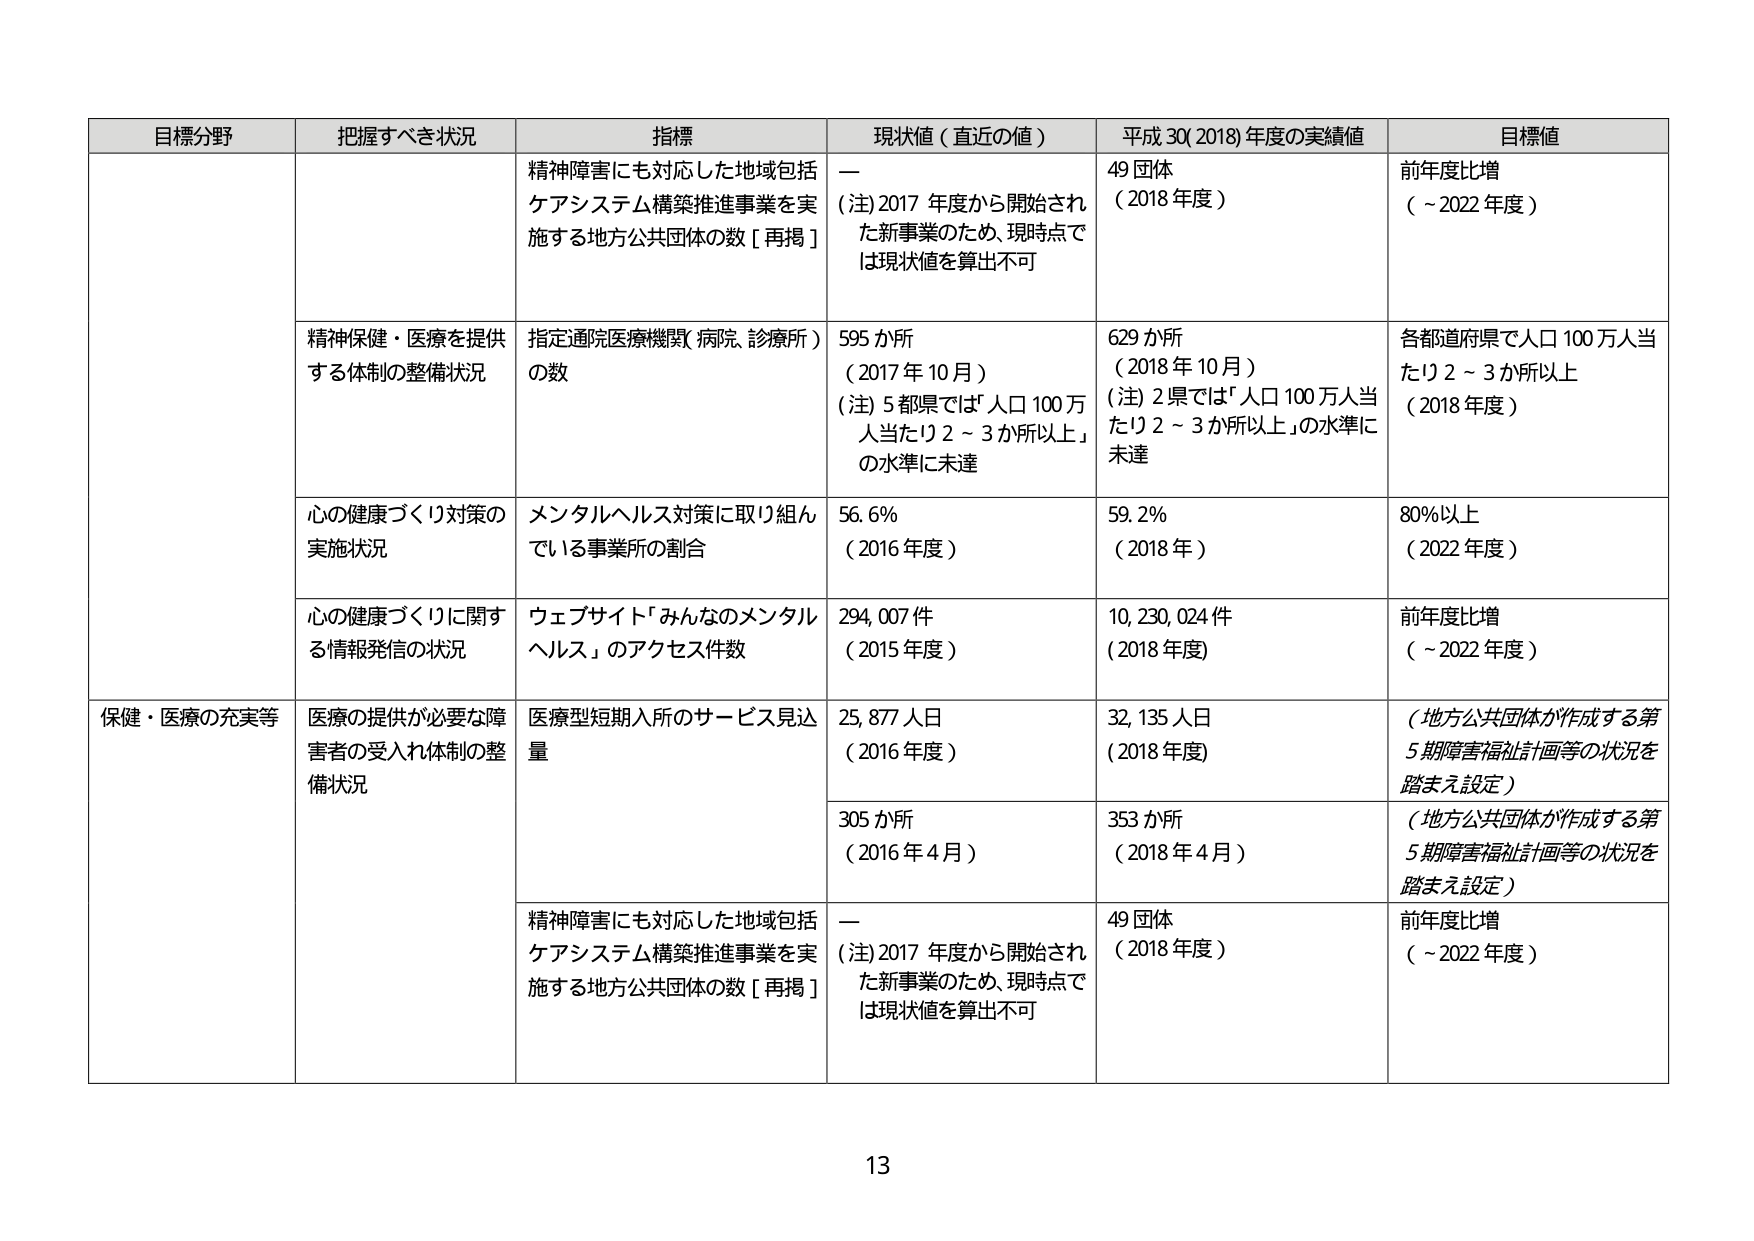
目標分野 把握すべき状況 指標 現状値（直近の値） 平成30(2018)年度の実績値 目標値
精神障害にも対応した地域包括ケアシステム構築推進事業を実施する地方公共団体の数［再掲］ — （注）2017年度から開始された新事業のため、現時点では現状値を算出不可 49団体 （2018年度） 前年度比増 （～2022年度）
精神保健・医療を提供する体制の整備状況 指定通院医療機関（病院、診療所）の数 595か所 （2017年10月） （注）5都県では「人口100万人当たり2～3か所以上」の水準に未達 629か所 （2018年10月） （注）2県では「人口100万人当たり2～3か所以上」の水準に未達 各都道府県で人口100万人当たり2～3か所以上 （2018年度）
心の健康づくり対策の実施状況 メンタルヘルス対策に取り組んでいる事業所の割合 56.6% （2016年度） 59.2% （2018年） 80%以上 （2022年度）
心の健康づくりに関する情報発信の状況 ウェブサイト「みんなのメンタルヘルス」のアクセス件数 294,007件 （2015年度） 10,230,024件 （2018年度） 前年度比増 （～2022年度）
保健・医療の充実等 医療の提供が必要な障害者の受入れ体制の整備状況 医療型短期入所のサービス見込量 25,877人日 （2016年度） 32,135人日 （2018年度） （地方公共団体が作成する第5期障害福祉計画等の状況を踏まえ設定）
305か所 （2016年4月） 353か所 （2018年4月） （地方公共団体が作成する第5期障害福祉計画等の状況を踏まえ設定）
精神障害にも対応した地域包括ケアシステム構築推進事業を実施する地方公共団体の数［再掲］ — （注）2017年度から開始された新事業のため、現時点では現状値を算出不可 49団体 （2018年度） 前年度比増 （～2022年度）
13